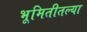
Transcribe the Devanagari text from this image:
भूमितीतल्या